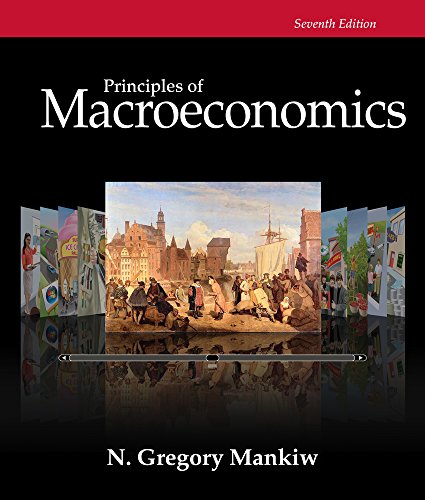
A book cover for Bundle: Principles of Macroeconomics, 7th + Aplia Printed Access Card; N. Gregory Mankiw; Business & Money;